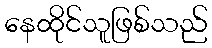
နေထိုင်သူဖြစ်သည်